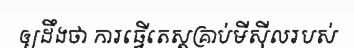
ឲ្យដឹងថា ការធ្វើតេស្តគ្រាប់មីស៊ីលរបស់